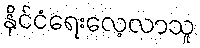
နိုင်ငံရေးလေ့လာသူ